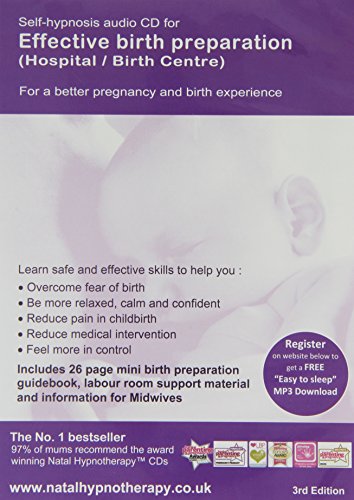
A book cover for Effective Birth Preparation (Hospital or Birth Centre): Self Hypnosis (Natal Hypnotherapy Programme); Maggie Howell; Health, Fitness & Dieting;